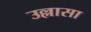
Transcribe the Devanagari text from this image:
उल्लासा